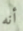
أنه